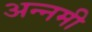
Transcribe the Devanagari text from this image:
अन्नमी